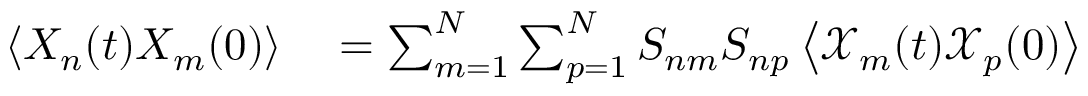
\begin{array} { r l } { \left< X _ { n } ( t ) X _ { m } ( 0 ) \right> } & { { } = \sum _ { m = 1 } ^ { N } \sum _ { p = 1 } ^ { N } S _ { n m } S _ { n p } \left< \mathcal { X } _ { m } ( t ) \mathcal { X } _ { p } ( 0 ) \right> } \end{array}